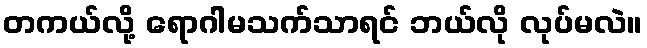
တကယ်လို့ ရောဂါမသက်သာရင် ဘယ်လို လုပ်မလဲ။